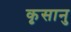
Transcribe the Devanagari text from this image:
कृसानु